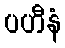
ပဟီနံ